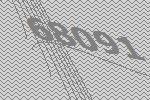
68091